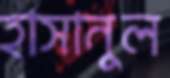
হাসানুল